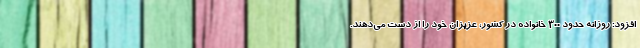
افزود: روزانه حدود ۳۰۰ خانواده در کشور، عزیزان خود را از دست می‌دهند.